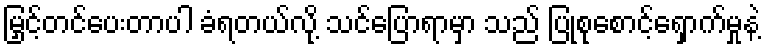
မြှင့်တင်ပေးတာပါ ခံရတယ်လို့ သင်ပြောရာမှာ သည် ပြုစုစောင့်ရှောက်မှုနဲ့